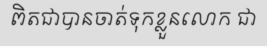
ពិតជាបានចាត់ទុកខ្លួនលោក ជា